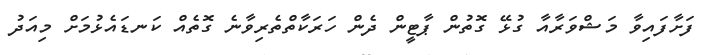
ފަށާފައިވާ މަޝްވަރާއާ ގުޅޭ ގޮތުން ޕާޓީން ދެން ހަރަކާތްތެރިވާނެ ގޮތެއް ކަނޑައެޅުމަށް މިއަދު